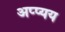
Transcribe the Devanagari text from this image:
अप्प्यय